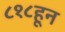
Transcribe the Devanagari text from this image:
८१८हून